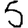
Digit: 5